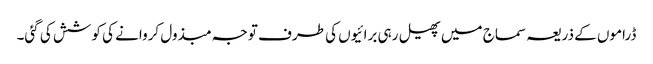
ڈراموں کے ذریعہ سماج میں پھیل رہی برائیوں کی طرف توجہ مبذول کروانے کی کوشش کی گئی۔